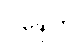
ဝဍ္ဎေတိ